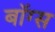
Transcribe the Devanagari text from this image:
बॉग्स